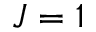
J = 1